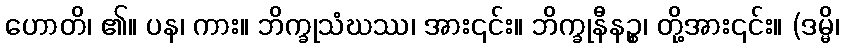
ဟောတိ၊ ၏။ ပန၊ ကား။ ဘိက္ခုသံဃဿ၊ အား၎င်း။ ဘိက္ခုနီနဉ္စ၊ တို့အား၎င်း။ (ဒမ္မိ၊